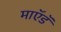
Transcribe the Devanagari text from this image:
माऍडॅ